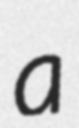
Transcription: a